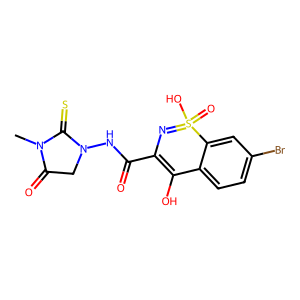
SMILES: CN1C(=O)CN(NC(=O)C2=C(O)c3ccc(Br)cc3S(=O)(O)=N2)C1=S
Inhibits HIV replication: No